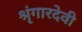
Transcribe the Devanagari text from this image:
श्रृंगारदेवी